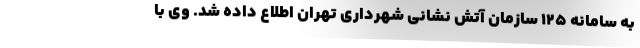
به سامانه ١٢۵ سازمان آتش نشانی شهرداری تهران اطلاع داده شد. وی با